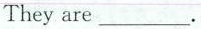
They are___.